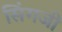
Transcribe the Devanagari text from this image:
सिंगजी